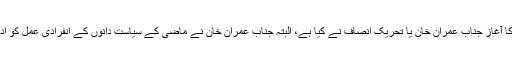
یہ کہنا تو درست نہیں ہوگا کہ ہماری سیاست میں اس کا آغاز جناب عمران خان یا تحریک انصاف نے کیا ہے، البتہ جناب عمران خان نے ماضی کے سیاست دانوں کے انفرادی عمل کو ادارہ جاتی عمل میں ڈھالنے کا ’’ورلڈ کپ‘‘ جیت لیا ہے۔